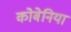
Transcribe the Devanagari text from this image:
कोबेनिया